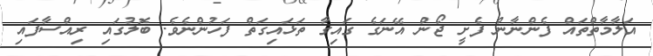
އަލާމާތްތައް ފެންނާން ފެށީ ޖޯން އޭނަގެ ގައިގާ ތަޅައިގަތް ފަހުންނެވެ. ބޮލުގައި ރިއްސާފައި